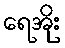
ရေအိုး